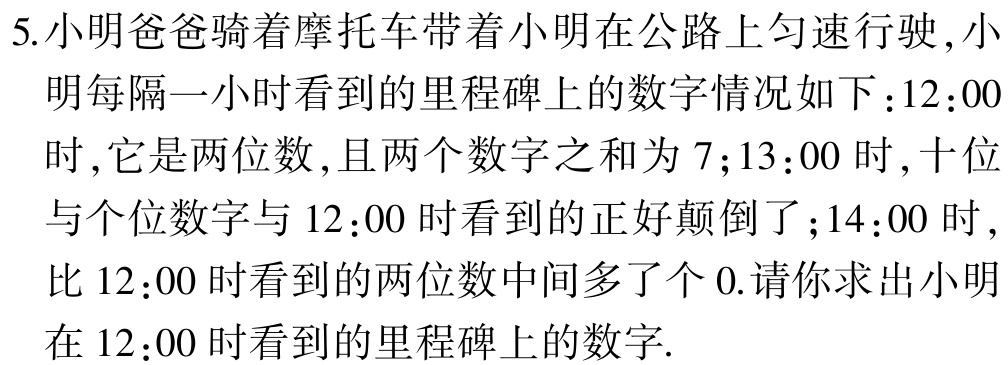
5.小明爸爸骑着摩托车带着小明在公路上匀速行驶,小明每隔一小时看到的里程碑上的数字情况如下：12：00时,它是两位数,且两个数字之和为 7；13：00 时,十位与个位数字与 12：00 时看到的正好颠倒了；14：00 时,比 12：00 时看到的两位数中间多了个 0.请你求出小明在 12：00 时看到的里程碑上的数字.